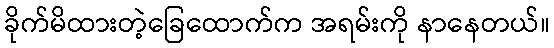
ခိုက်မိထားတဲ့ခြေထောက်က အရမ်းကို နာနေတယ်။